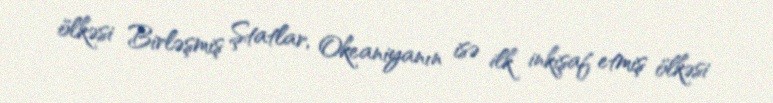
ölkəsi Birləşmiş Ştatlar, Okeaniyanın isə ilk inkişaf etmiş ölkəsi